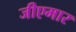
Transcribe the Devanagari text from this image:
जीएमार